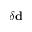
\delta { \bf d }